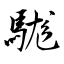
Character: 駹